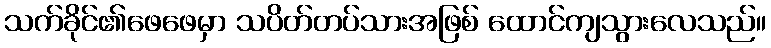
သက်ခိုင်၏ဖေဖေမှာ သပိတ်တပ်သားအဖြစ် ထောင်ကျသွားလေသည်။